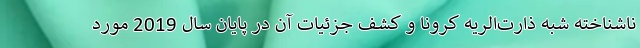
ناشناخته شبه ذارت‌الریه کرونا و کشف جزئیات آن در پایان سال 2019 مورد